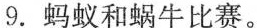
9. 蚂蚁和蜗牛比赛。